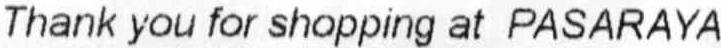
THANK YOU FOR SHOPPING AT PASARAYA